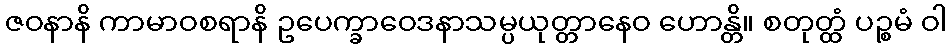
ဇဝနာနိ ကာမာဝစရာနိ ဥပေက္ခာဝေဒနာသမ္ပယုတ္တာနေဝ ဟောန္တိ။ စတုတ္ထံ ပဉ္စမံ ဝါ